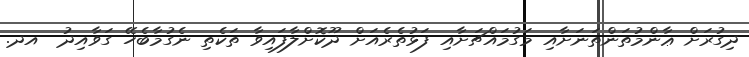
ދިގުރަށް ޢާންމުތަންތަނަށާއި މަގުމައްޗަށާއި ފަޅުތެރެއަށް ދޫކޮށްލާފައިވާ ތަކެތި ނެގުމާބެހޭ ގަވާއިދު  އދ.